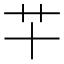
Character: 𰰜